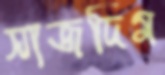
সাজদিম